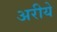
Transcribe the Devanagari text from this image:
अरीये